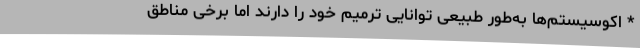
* اکوسیستم‌ها به‌طور طبیعی توانایی ترمیم خود را دارند اما برخی مناطق